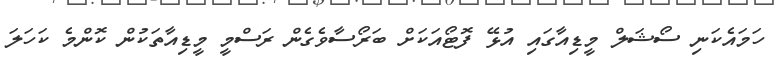
ހަމައެކަނި ސޯޝަލް މީޑިއާގައި އުޅޭ ފޮޓޯއަކަށް ބަރޯސާވެގެން ރަސްމީ މީޑިއާތަކުން ކޮންމެ ކަހަލަ